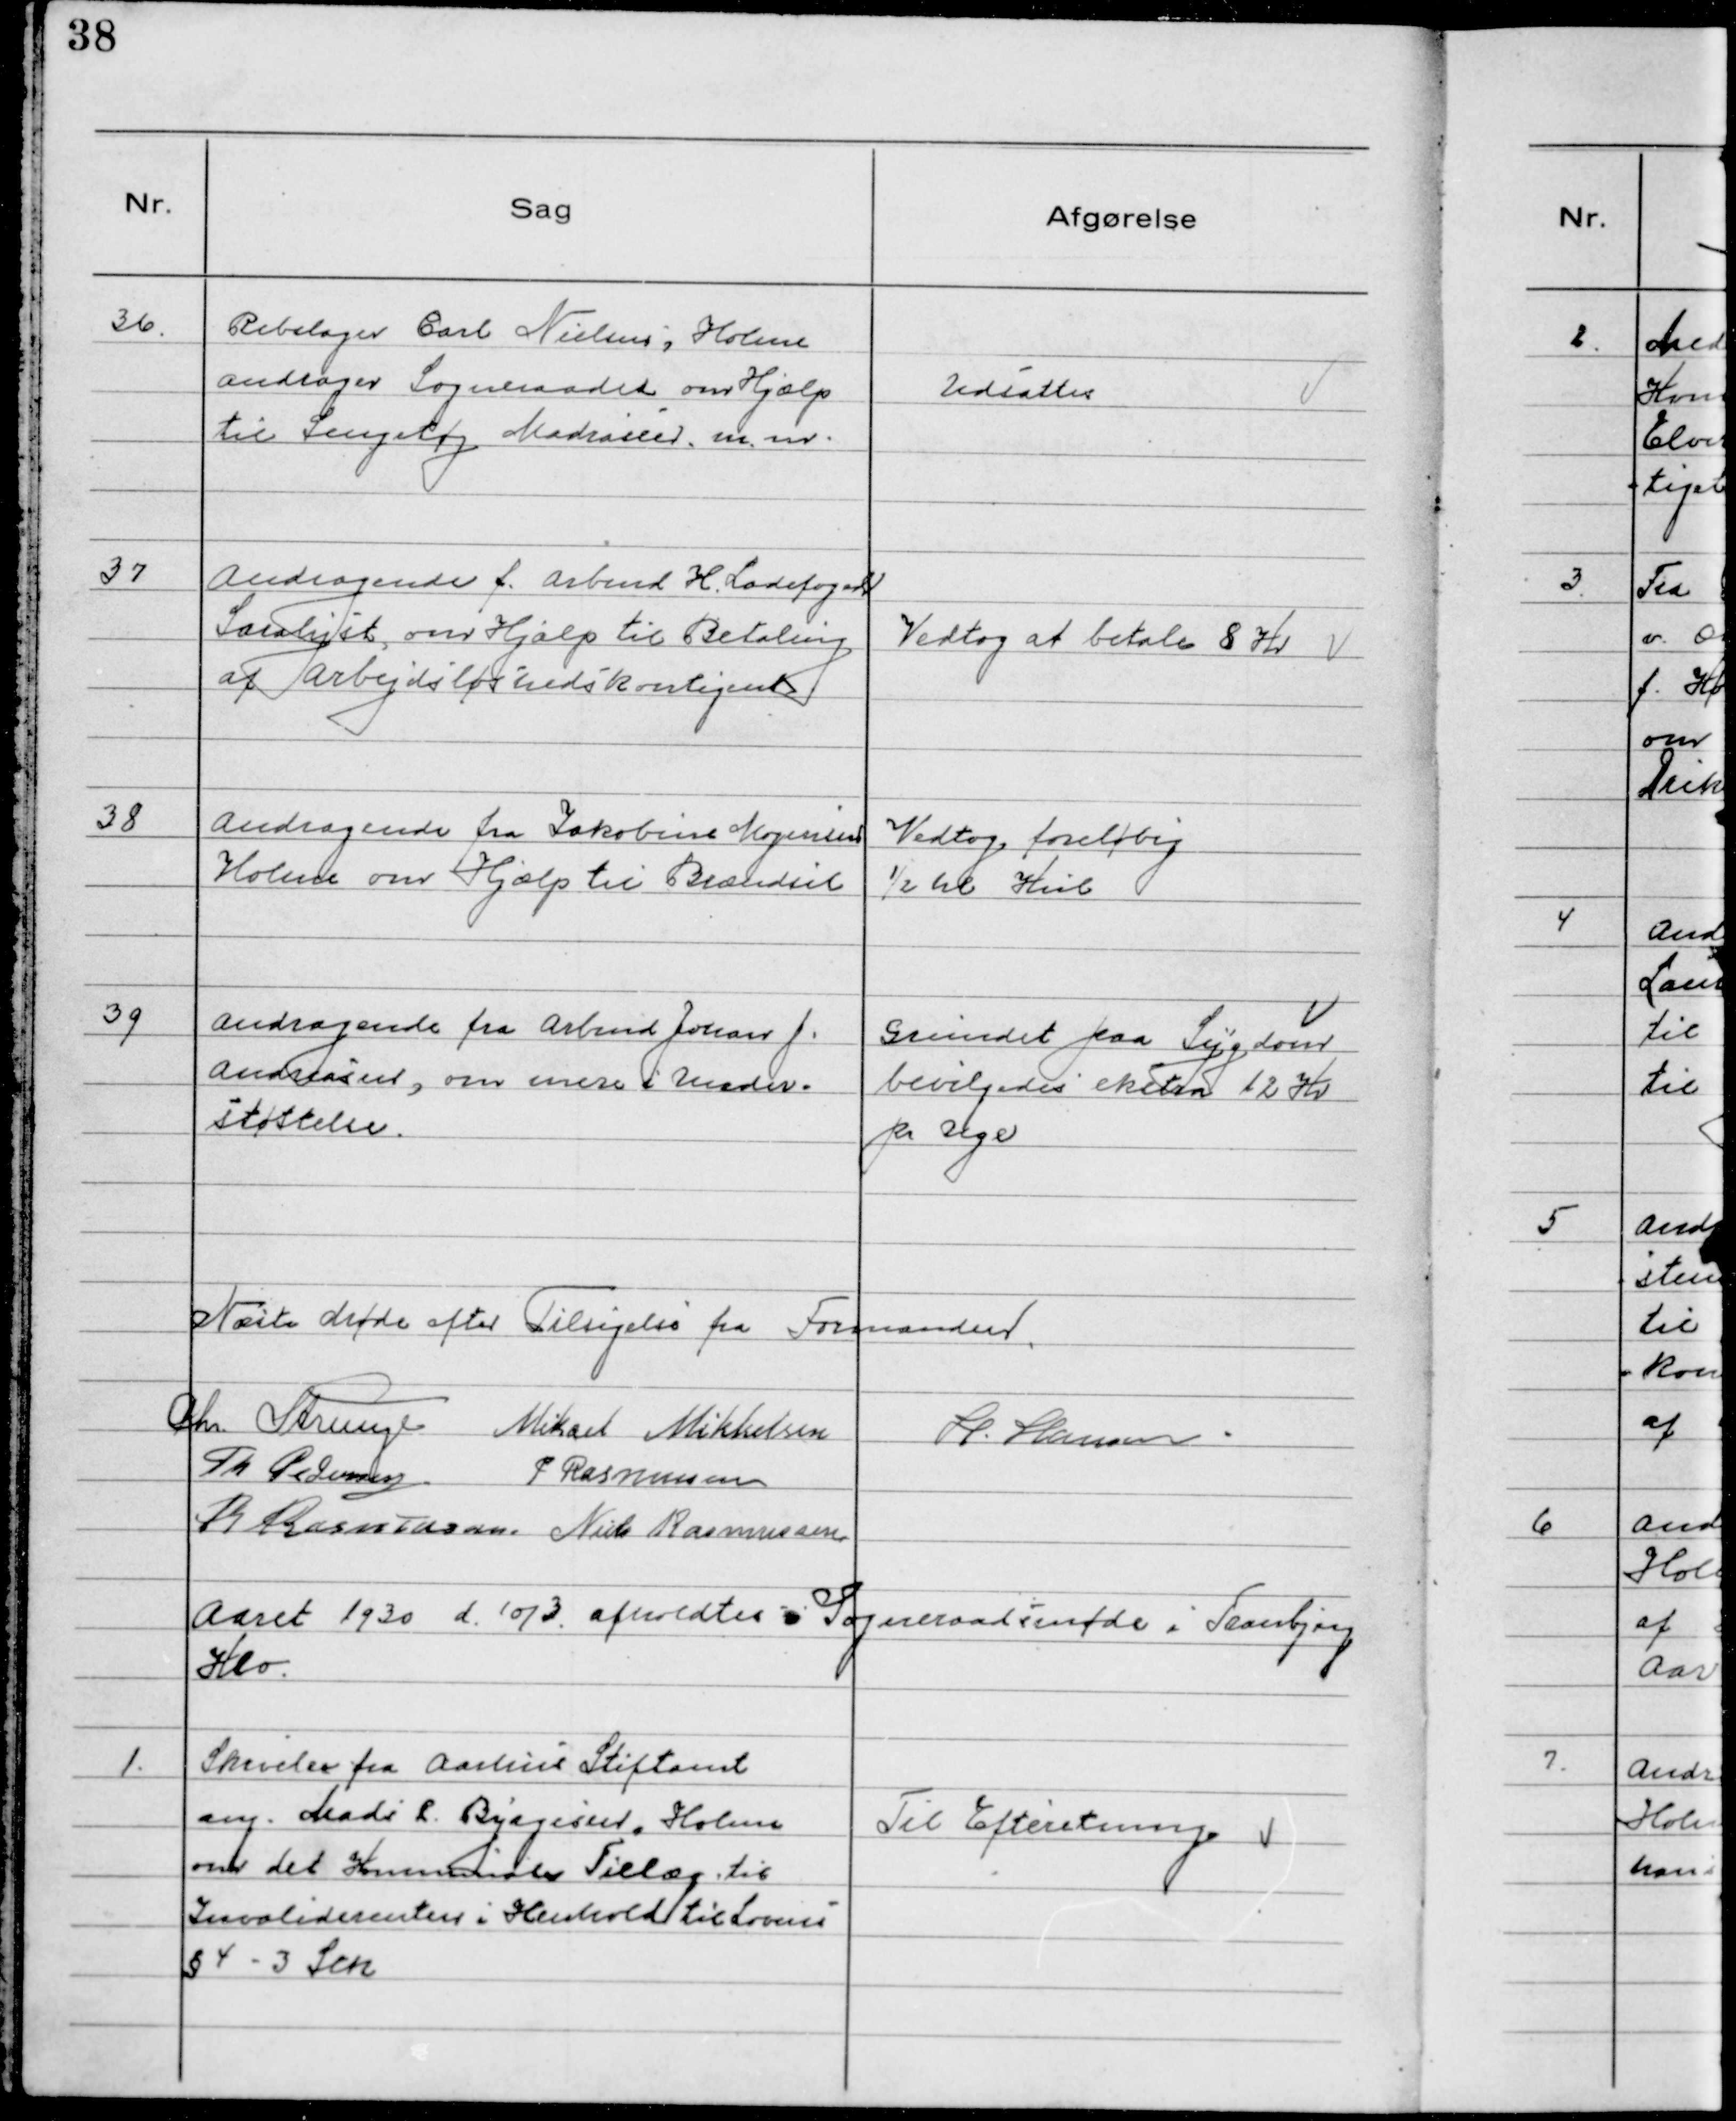
Transskription:
36. Rebslager Carl Nielsen i Holme
andrager Sogneraadet om Hjælp
til Sengetøj Madrasser m.m.

Udsattes

37 Andragende f. arbmd H Ladefoged
Saralyst, om Hjælp til Betaling
af Arbejdsløshedskontigent

Vedtog at betale 8 Kr

38 Andragende fra Jakobine Mogensen
Holme om Hjælp til Brændsel

Vedtog foreløbig
½ hl Kul

39 Andragende fra Arbmd Johan J.
Andreasen, om mere Under-
støttelse.

Grundet paa Sygdom
bevilgedes ekstra 12 Kr
pr Uge

Næste Møde efter Tilsigelse fra Formanden
Chr. Strunge Mikael Mikkelsen H. Hansen.
Th Pedersen P Rasmussen
R Rasmussen. Niels Rasmussen

Aaret 1930 d 10/3 afholdtes Sogneraadsmøde i Tranbjerg
Kro.

1. Skrivelse fra Aarhus Stiftamt
ang. Mads R. Byagesen, Holme
om det Kommunale Tillæg til
Invaliderenten i Henhold til Lovens
§ 4 - 3 Sek

Til Efteretning